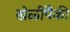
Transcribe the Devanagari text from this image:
खेळींपैकी